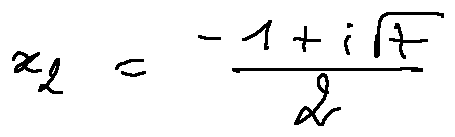
x _ { 2 } = \frac { - 1 + i \sqrt { 7 } } { 2 }